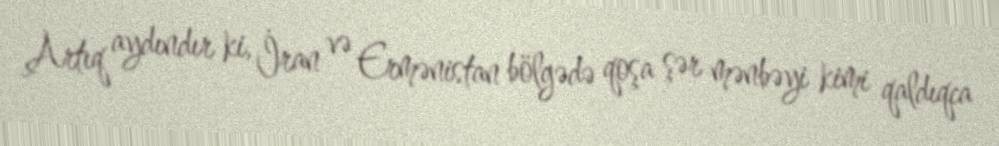
Artıq aydındır ki, İran və Ermənistan bölgədə qoşa şər mənbəyi kimi qaldıqca